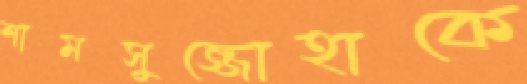
শামসুজ্জোহাকে